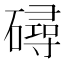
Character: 𥖇